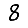
Digit: 8